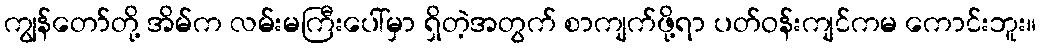
ကျွန်တော်တို့ အိမ်က လမ်းမကြီးပေါ်မှာ ရှိတဲ့အတွက် စာကျက်ဖို့ရာ ပတ်ဝန်းကျင်ကမ ကောင်းဘူး။